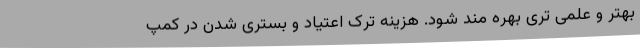
بهتر و علمی تری بهره مند شود. هزینه ترک اعتیاد و بستری شدن در کمپ